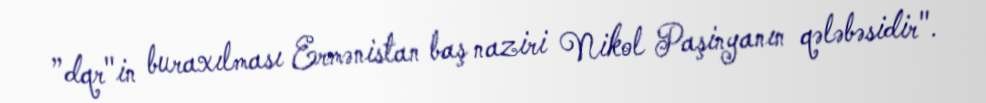
”dqr"in buraxılması Ermənistan baş naziri Nikol Paşinyanın qələbəsidir".